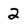
Character: 2